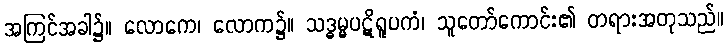
အကြင်အခါ၌။ လောကေ၊ လောက၌။ သဒ္ဓမ္မပဋိရူပကံ၊ သူတော်ကောင်း၏ တရားအတုသည်။